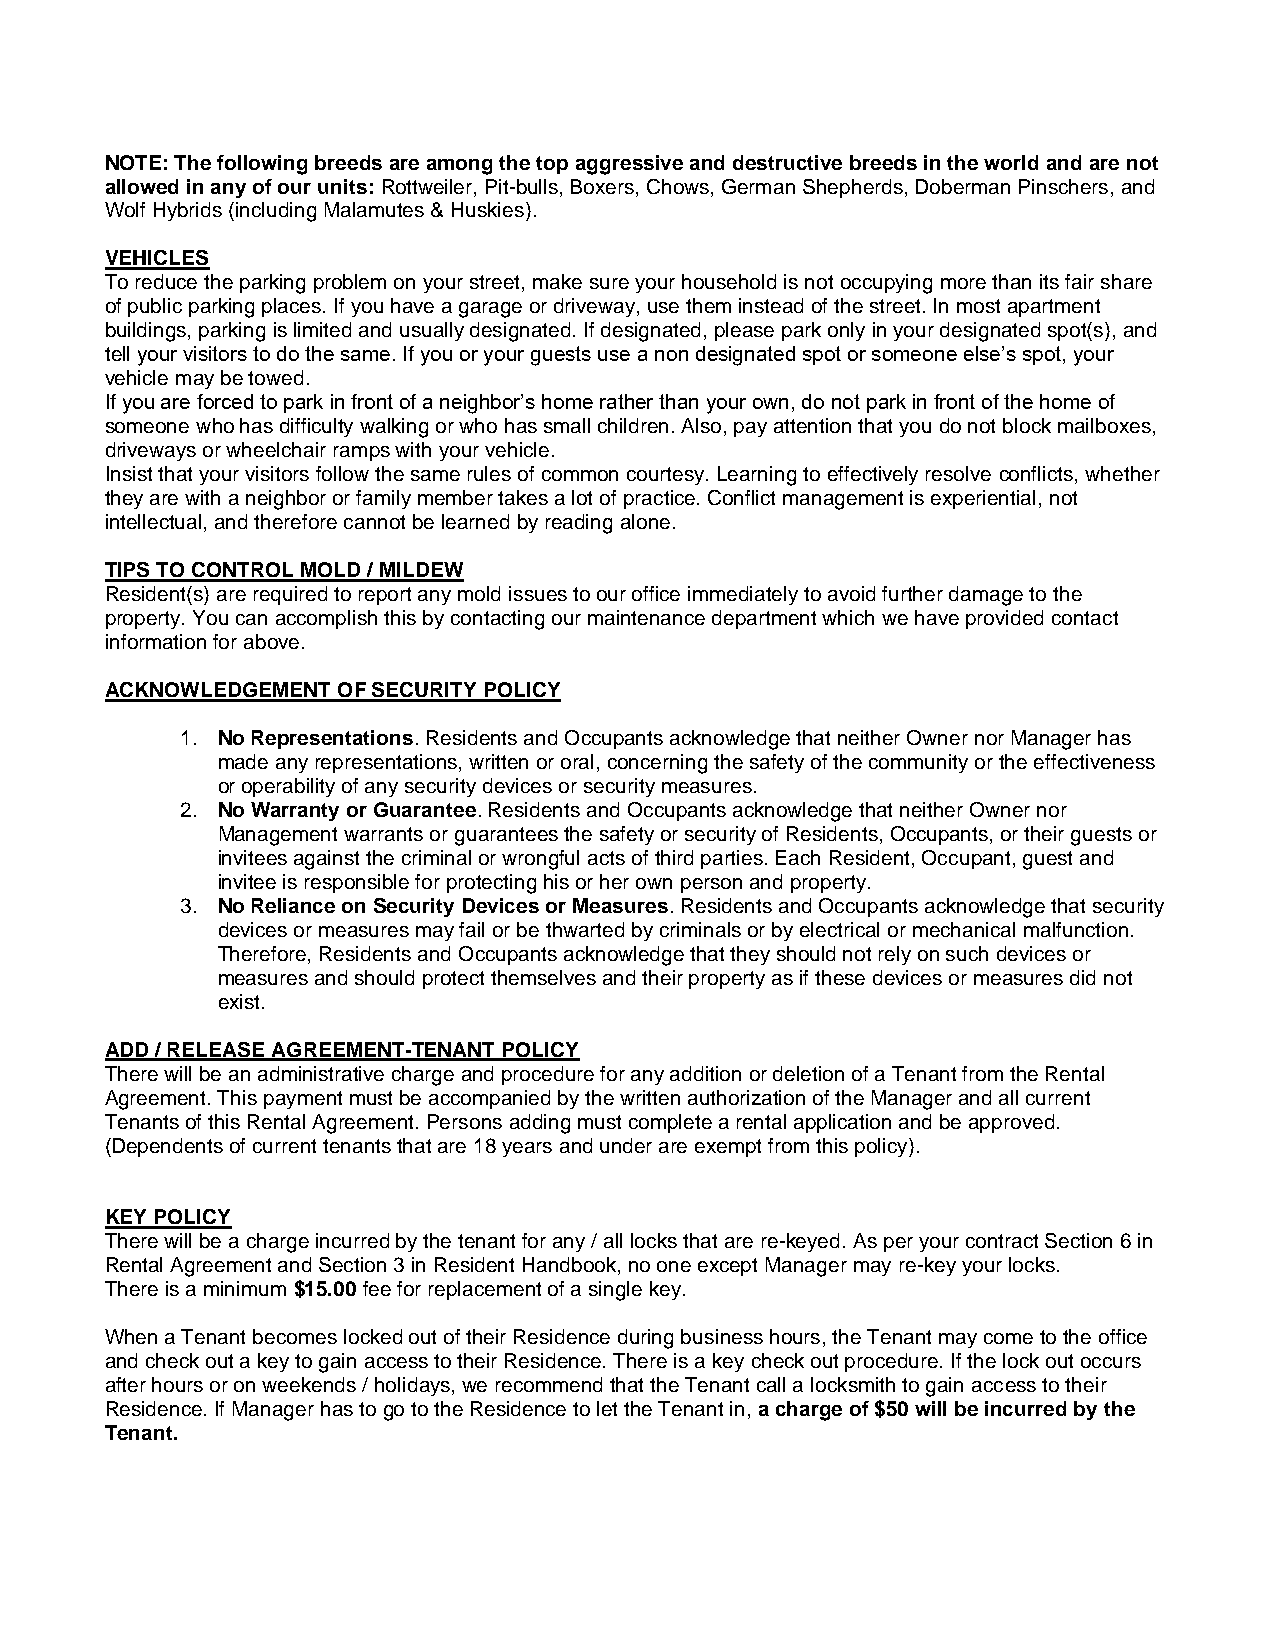
NOTE: The following breeds are among the top aggressive and destructive breeds in the world and are not
 allowed in any of our units: Rottweiler, Pit-bulls, Boxers, Chows, German Shepherds, Doberman Pinschers, and
 Wolf Hybrids (including Malamutes & Huskies).
 VEHICLES
 To reduce the parking problem on your street, make sure your household is not occupying more than its fair share
 of public parking places. If you have a garage or driveway, use them instead of the street. In most apartment
 buildings, parking is limited and usually designated. If designated, please park only in your designated spot(s), and
 tell your visitors to do the same. If you or your guests use a non designated spot or someone else’s spot, your
 vehicle may be towed.
 If you are forced to park in front of a neighbor’s home rather than your own, do not park in front of the home of
 someone who has difficulty walking or who has small children. Also, pay attention that you do not block mailboxes,
 driveways or wheelchair ramps with your vehicle.
 Insist that your visitors follow the same rules of common courtesy. Learning to effectively resolve conflicts, whether
 they are with a neighbor or family member takes a lot of practice. Conflict management is experiential, not
 intellectual, and therefore cannot be learned by reading alone.
 TIPS TO CONTROL MOLD / MILDEW
 Resident(s) are required to report any mold issues to our office immediately to avoid further damage to the
 property. You can accomplish this by contacting our maintenance department which we have provided contact
 information for above.
 ACKNOWLEDGEMENT OF SECURITY POLICY
 1. No Representations. Residents and Occupants acknowledge that neither Owner nor Manager has
 made any representations, written or oral, concerning the safety of the community or the effectiveness
 or operability of any security devices or security measures.
 2. No Warranty or Guarantee. Residents and Occupants acknowledge that neither Owner nor
 Management warrants or guarantees the safety or security of Residents, Occupants, or their guests or
 invitees against the criminal or wrongful acts of third parties. Each Resident, Occupant, guest and
 invitee is responsible for protecting his or her own person and property.
 3. No Reliance on Security Devices or Measures. Residents and Occupants acknowledge that security
 devices or measures may fail or be thwarted by criminals or by electrical or mechanical malfunction.
 Therefore, Residents and Occupants acknowledge that they should not rely on such devices or
 measures and should protect themselves and their property as if these devices or measures did not
 exist.
 ADD / RELEASE AGREEMENT-TENANT POLICY
 There will be an administrative charge and procedure for any addition or deletion of a Tenant from the Rental
 Agreement. This payment must be accompanied by the written authorization of the Manager and all current
 Tenants of this Rental Agreement. Persons adding must complete a rental application and be approved.
 (Dependents of current tenants that are 18 years and under are exempt from this policy).
 KEY POLICY
 There will be a charge incurred by the tenant for any / all locks that are re-keyed. As per your contract Section 6 in
 Rental Agreement and Section 3 in Resident Handbook, no one except Manager may re-key your locks.
 There is a minimum $15.00 fee for replacement of a single key.
 When a Tenant becomes locked out of their Residence during business hours, the Tenant may come to the office
 and check out a key to gain access to their Residence. There is a key check out procedure. If the lock out occurs
 after hours or on weekends / holidays, we recommend that the Tenant call a locksmith to gain access to their
 Residence. If Manager has to go to the Residence to let the Tenant in, a charge of $50 will be incurred by the
 Tenant.